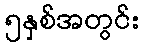
၅နှစ်အတွင်း